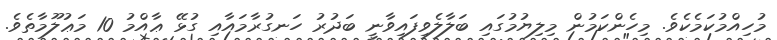
މުހިއްމުކަމެކެވެ. މިހެންކަމުން މިލިޔުމުގައި ބަލާލެވިފައިވާނީ ބަދުރު ހަނގުރާމައާއި ގުޅޭ ޢާއްމު 10 މަޢުލޫމާތެވެ.